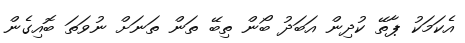
އެކަމަކު ޕާތޭ ކުދިން އަބަދު ބޯން ތިބޭ ތަން ތަނަށް ނުވަތަ ބޮއިގެން